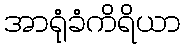
အာရုံခံကိရိယာ